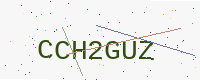
Text: CCH2GUZ